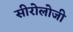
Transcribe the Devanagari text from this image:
सीरोलोजी